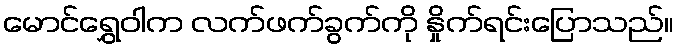
မောင်ရွှေဝါက လက်ဖက်ခွက်ကို နှိုက်ရင်းပြောသည်။